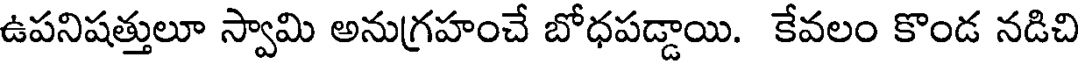
ఉపనిషత్తులూ స్వామి అనుగ్రహంచే బోధపడ్డాయి. కేవలం కొండ నడిచి